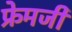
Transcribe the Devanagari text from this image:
फ्रेमजी